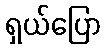
ရှယ်ပြော